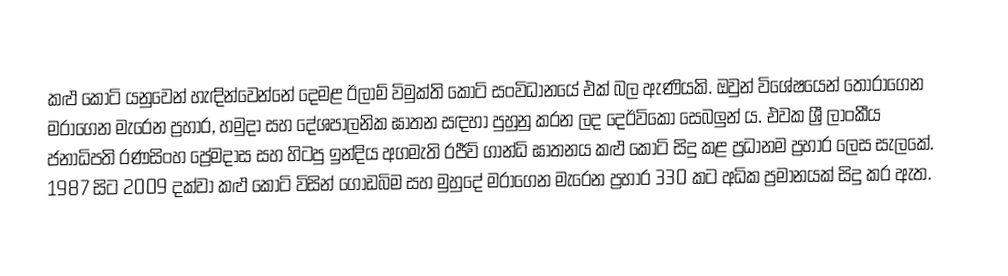
කළු කොටි යනුවෙන් හැඳින්වෙන්නේ දෙමළ ඊලාම් විමුක්ති කොටි සංවිධානයේ එක් බල ඇණියකි. ඔවුන් විශේෂයෙන් තෝරාගෙන මරාගෙන මැරෙන ප්‍රහාර, හමුදා සහ දේශපාලනික ඝාතන සඳහා පුහුනු කරන ලද දෙඊවිකො සෙබලුන් ය. එවක ශ්‍රී ලාංකීය ජනාධිපති රණසිංහ ප්‍රේමදාස සහ හිටපු ඉන්දිය අගමැති රජීව් ගාන්ධි ඝාතනය කළු කොටි සිදු කළ ප්‍රධානම ප්‍රහාර ලෙස සැලකේ. 1987 සිට 2009 දක්වා කළු කොටි විසින් ගොඩබිම සහ මුහුදේ මරාගෙන මැරෙන ප්‍රහාර 330 කට අධික ප්‍රමානයක් සිදු කර ඇත.